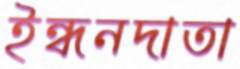
ইন্ধনদাতা